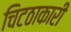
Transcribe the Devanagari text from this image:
चिटठाकारी